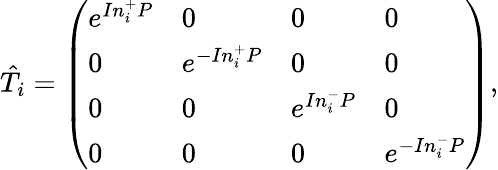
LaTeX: \begin{array}{r}{\hat{T}_{i}=\left(\begin{array}{llll}{e^{In_{i}^{+}P}}&{0}&{0}&{0}\\ {0}&{e^{-In_{i}^{+}P}}&{0}&{0}\\ {0}&{0}&{e^{In_{i}^{-}P}}&{0}\\ {0}&{0}&{0}&{e^{-In_{i}^{-}P}}\end{array}\right),}\end{array}